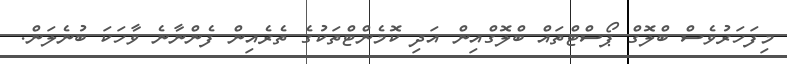
މިފަހަރުވެސް ބްލޮގް ޕޯސްޓްތައް ބްލޮގްއިން އަދި ކޮމެންޓްތަކުގެ ތެރެއިން ފެންނާނެ ވާހަކަ ބުނެލަން.